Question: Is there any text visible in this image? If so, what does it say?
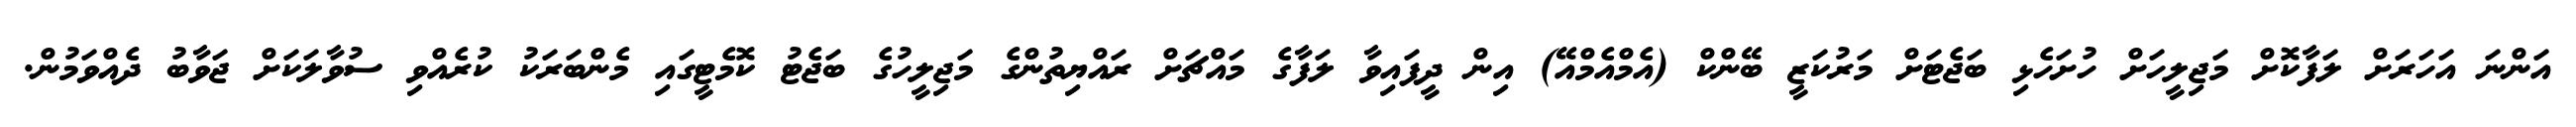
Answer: އަންނަ އަހަރަށް ލަފާކޮށް މަޖިލީހަށް ހުށަހެޅި ބަޖެޓަށް މަރުކަޒީ ބޭންކް (އެމްއެމްއޭ) އިން ދީފައިވާ ލަފާގެ މައްޗަށް ރައްޔިތުންގެ މަޖިލީހުގެ ބަޖެޓު ކޮމެޓީގައި މެންބަރަކު ކުރެއްވި ސުވާލަކަށް ޖަވާބު ދެއްވަމުން.